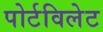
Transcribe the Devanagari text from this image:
पोर्टविलेट